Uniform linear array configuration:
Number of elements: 12
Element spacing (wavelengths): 1
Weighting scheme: binomial
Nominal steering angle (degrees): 0
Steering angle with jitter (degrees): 0.311
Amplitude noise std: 0.05
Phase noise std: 0.05

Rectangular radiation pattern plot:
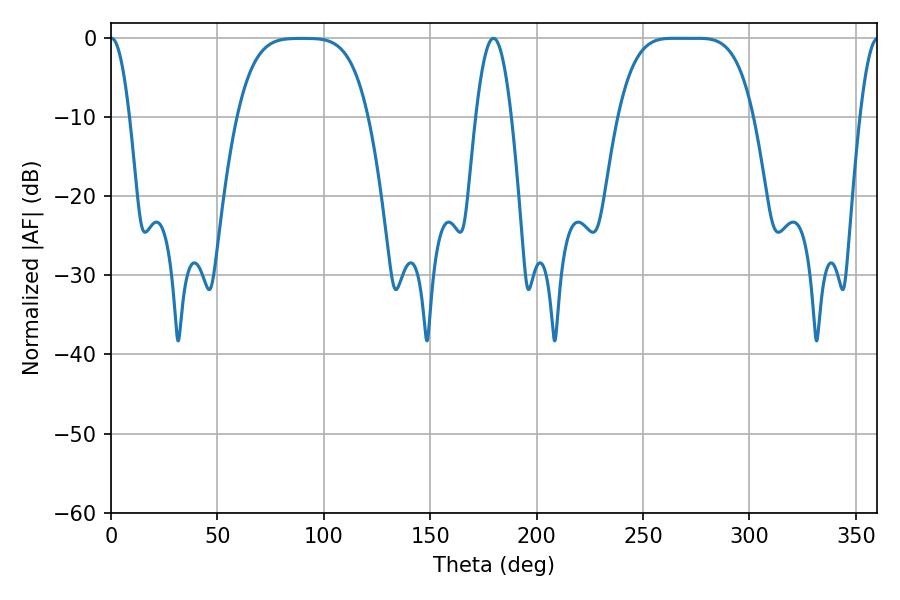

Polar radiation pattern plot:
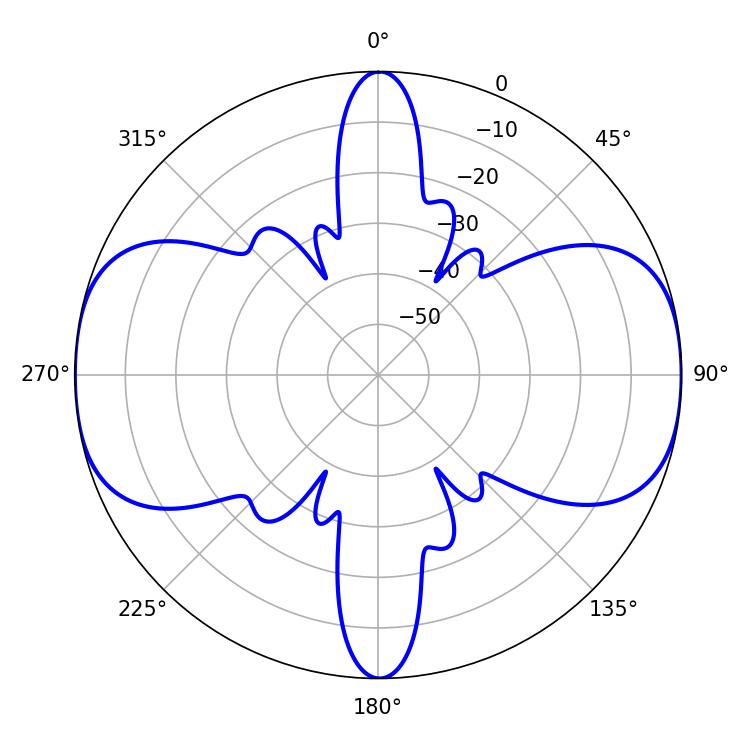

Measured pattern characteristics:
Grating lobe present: TRUE
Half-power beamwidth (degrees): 47.52
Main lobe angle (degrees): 264.42